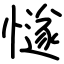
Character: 𢢝